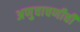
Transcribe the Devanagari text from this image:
अणुचाचणीची